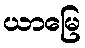
ယာမြေ